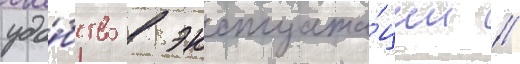
удо́бство в эксплуата́ции //